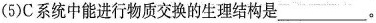
(5)C系统中能进行物质交换的生理结构是___。